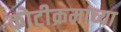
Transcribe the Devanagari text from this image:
कोटीक्रमांच्या